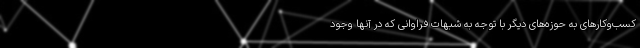
کسب‌وکارهای به حوزه‌های دیگر با توجه به شبهات فراوانی که در آنها وجود